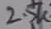
Text: 2.5K